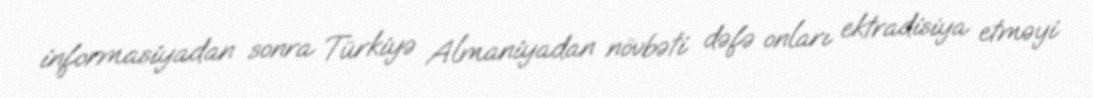
informasiyadan sonra Türkiyə Almaniyadan növbəti dəfə onları ektradisiya etməyi